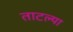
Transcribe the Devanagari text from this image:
ताटल्या